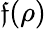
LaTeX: {\mathfrak{f}}(\rho)